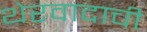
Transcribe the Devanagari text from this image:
थेरवादाची